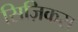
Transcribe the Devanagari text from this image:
सिज़िकस